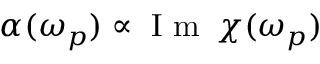
\alpha ( \omega _ { p } ) \propto \mathrm { ~ I ~ m ~ } \, \chi ( \omega _ { p } )